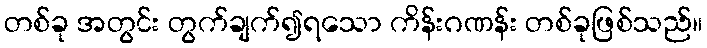
တစ်ခု အတွင်း တွက်ချက်၍ရသော ကိန်းဂဏန်း တစ်ခုဖြစ်သည်။